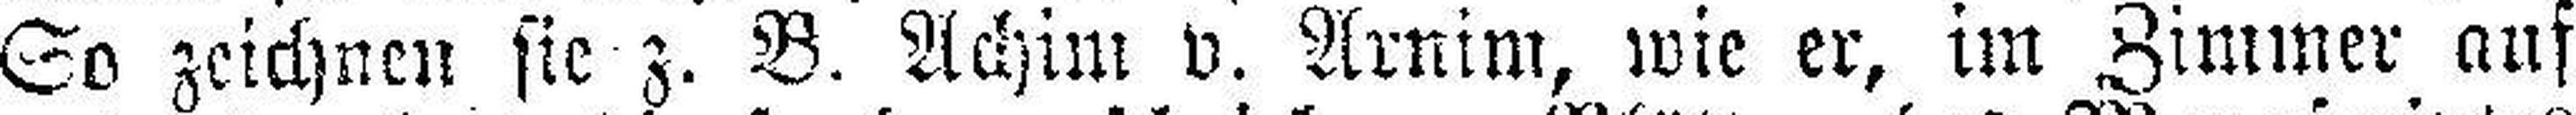
So zeichnen sie z. B. Achim v. Arnim, wie er, im Zimmer auf